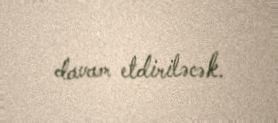
davam etdiriləcək.